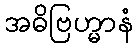
အဓိဗြဟ္မာနံ